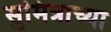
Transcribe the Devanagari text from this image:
सुमित्राच्या